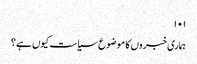
۱۰۱
ہماری خبروں کا موضوع سیاست کیوں ہے؟